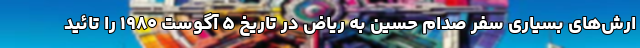
ارش‌های بسیاری سفر صدام حسین به ریاض در تاریخ ۵ آگوست ۱۹۸۰ را تائید